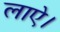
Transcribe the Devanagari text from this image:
लाऐ।